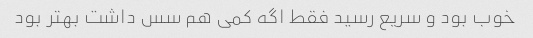
خوب بود و سریع رسید فقط اگه کمی هم سس داشت بهتر بود